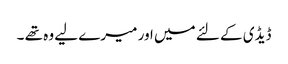
ڈیڈی کے لئے میں اور میرے لیے وہ تھے ۔